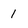
Character: 1